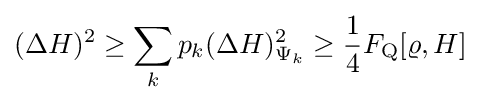
(\Delta H)^{2}\geq \sum _{k}p_{k}(\Delta H)_{\Psi _{k}}^{2}\geq {\frac {1}{4}}F_{\rm {Q}}[\varrho ,H]